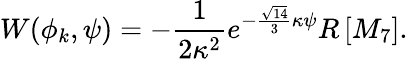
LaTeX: {W(\phi_{k},\psi)=-\frac{1}{2\kappa^{2}}e^{-\frac{\sqrt{14}}{3}\kappa\psi}R\left[M_{7}\right].}